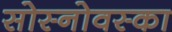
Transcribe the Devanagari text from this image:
सोस्नोवस्का